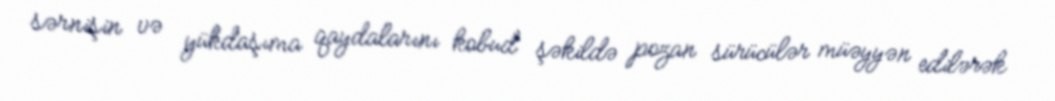
sərnişin və yükdaşıma qaydalarını kobud şəkildə pozan sürücülər müəyyən edilərək